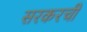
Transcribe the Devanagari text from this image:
सरकरची